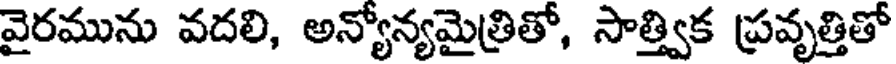
వైరమును వదలి, అన్యోన్యమైత్రితో, సాత్త్విక ప్రవృత్తితో